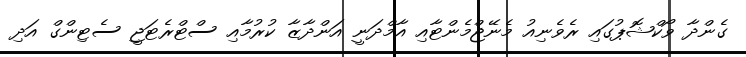
ގެންދާ ވޯކްޝޮޕުގައި ރެވެނިއު މެނޭޖްމެންޓާއި އާމްދަނީ އަންދާޒާ ކުރުމާއި ސްޓްރެޓަޖީ ސެޓިންގް އަދި